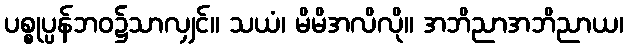
ပစ္စုပ္ပန်ဘဝ၌သာလျှင်။ သယံ၊ မိမိအလိလို။ အဘိညာအဘိညာယ၊